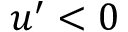
u ^ { \prime } < 0